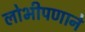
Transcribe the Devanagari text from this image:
लोभीपणाने